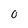
Character: O